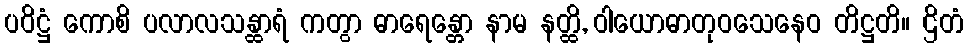
ပဝိဋ္ဌံ ကောစိ ပလာလသန္ထာရံ ကတွာ ဓာရေန္တော နာမ နတ္ထိ, ဝါယောဓာတုဝသေနေဝ တိဋ္ဌတိ။ ဌိတံ